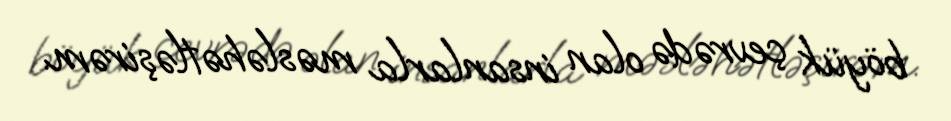
böyük çevrədə olan insanlarla məsləhətləşirəm.